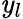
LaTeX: \mathit{y}_{l}